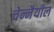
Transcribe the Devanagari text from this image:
चेन्नैयील